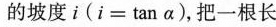
的坡度i($$i = t a n α$$)，把一根长